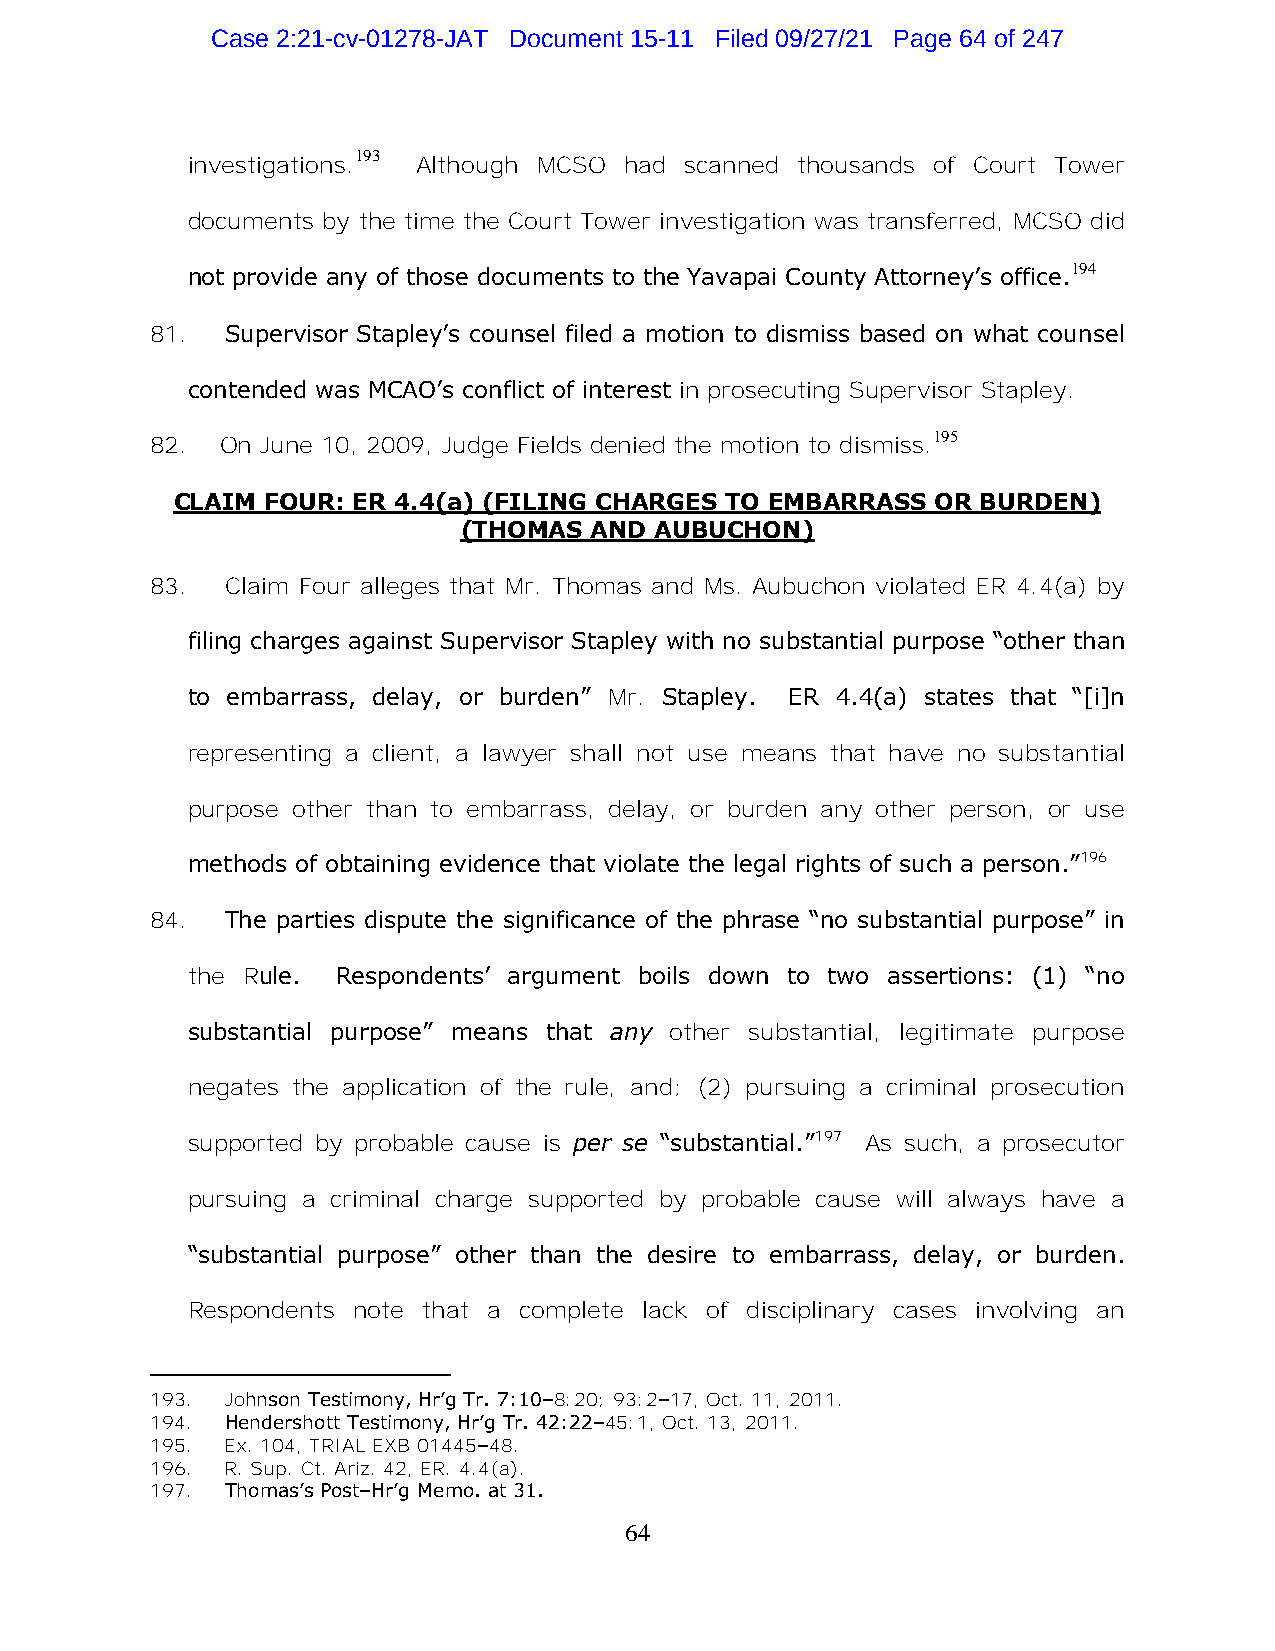
Case 2:21-cv-01278-JAT Document 15-11 Filed 09/27/21 Page 64 of 247
 193
 investigations. Although MCSO had scanned thousands of Court Tower
 documents by the time the Court Tower investigation was transferred, MCSO did
 194
 not provide any of those documents to the Yavapai County Attorney’s office.
 81.  Supervisor Stapley’s counsel filed a motion to dismiss based on what counsel
 contended was MCAO’s conflict of interest in prosecuting Supervisor Stapley.
 195
 82.  On June 10, 2009, Judge Fields denied the motion to dismiss.
 CLAIM  FOUR: ER 4.4(a) (FILING CHARGES TO EMBARRASS OR BURDEN)
 (THOMAS  AND AUBUCHON)
 83.  Claim Four alleges that Mr. Thomas and Ms. Aubuchon violated ER 4.4(a) by
 filing charges against Supervisor Stapley with no substantial purpose “other than
 to embarrass, delay, or burden” Mr. Stapley. ER 4.4(a) states that “[i]n
 representing a client, a lawyer shall not use means that have no substantial
 purpose other than to embarrass, delay, or burden any other person, or use
 methods of obtaining evidence that violate the legal rights of such a person.”196
 84.  The parties dispute the significance of the phrase “no substantial purpose” in
 the Rule. Respondents’ argument boils down to two assertions: (1) “no
 substantial purpose” means that any other substantial, legitimate purpose
 negates the application of the rule, and; (2) pursuing a criminal prosecution
 supported by probable cause is per se “substantial.”197 As such, a prosecutor
 pursuing a criminal charge supported by probable cause will always have a
 “substantial purpose” other than the desire to embarrass, delay, or burden.
 Respondents note that a complete lack of disciplinary cases involving an
 193. Johnson Testimony, Hr’g Tr. 7:10–8:20; 93:2–17, Oct. 11, 2011.
 194. Hendershott Testimony, Hr’g Tr. 42:22–45:1, Oct. 13, 2011.
 195. Ex. 104, TRIAL EXB 01445–48.
 196. R. Sup. Ct. Ariz. 42, ER. 4.4(a).
 197. Thomas’s Post–Hr’g Memo. at 31.
 64